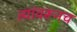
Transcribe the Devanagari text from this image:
त्यांवरूनच